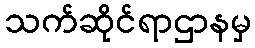
သက်ဆိုင်ရာဌာနမှ